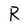
Character: R